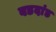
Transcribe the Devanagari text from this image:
बडदांड